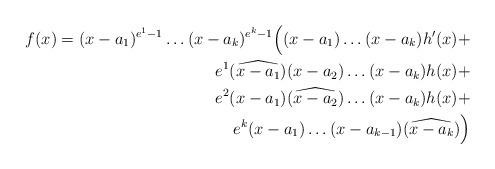
LaTeX: \begin{align*}f(x) = (x-a_1)^{e^1-1} \ldots (x-a_k)^{e^k-1} \Big((x-a_1)\ldots(x-a_k)h'(x) +\\ e^1(\widehat{x-a_1})(x-a_2)\ldots(x-a_k)h(x) + \\ e^2(x-a_1) (\widehat{x-a_2})\ldots(x-a_k)h(x) + \\e^k(x-a_1)\ldots (x-a_{k-1}) (\widehat{x-a_k}) \Big)\end{align*}